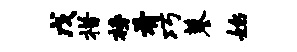
戊措榜肴巧蓼始